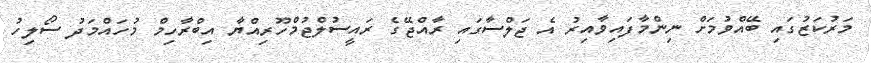
މަރުކަޒުގައި ބޭއްވުމަށް ނިންމާފައިވާއިރު އެ ޖަލްސާގައި ރާއްޖޭގެ ރައީސުލްޖުމްހޫރިއްޔާ އިބްރާހިމް މުހައްމަދު ސޯލިހު